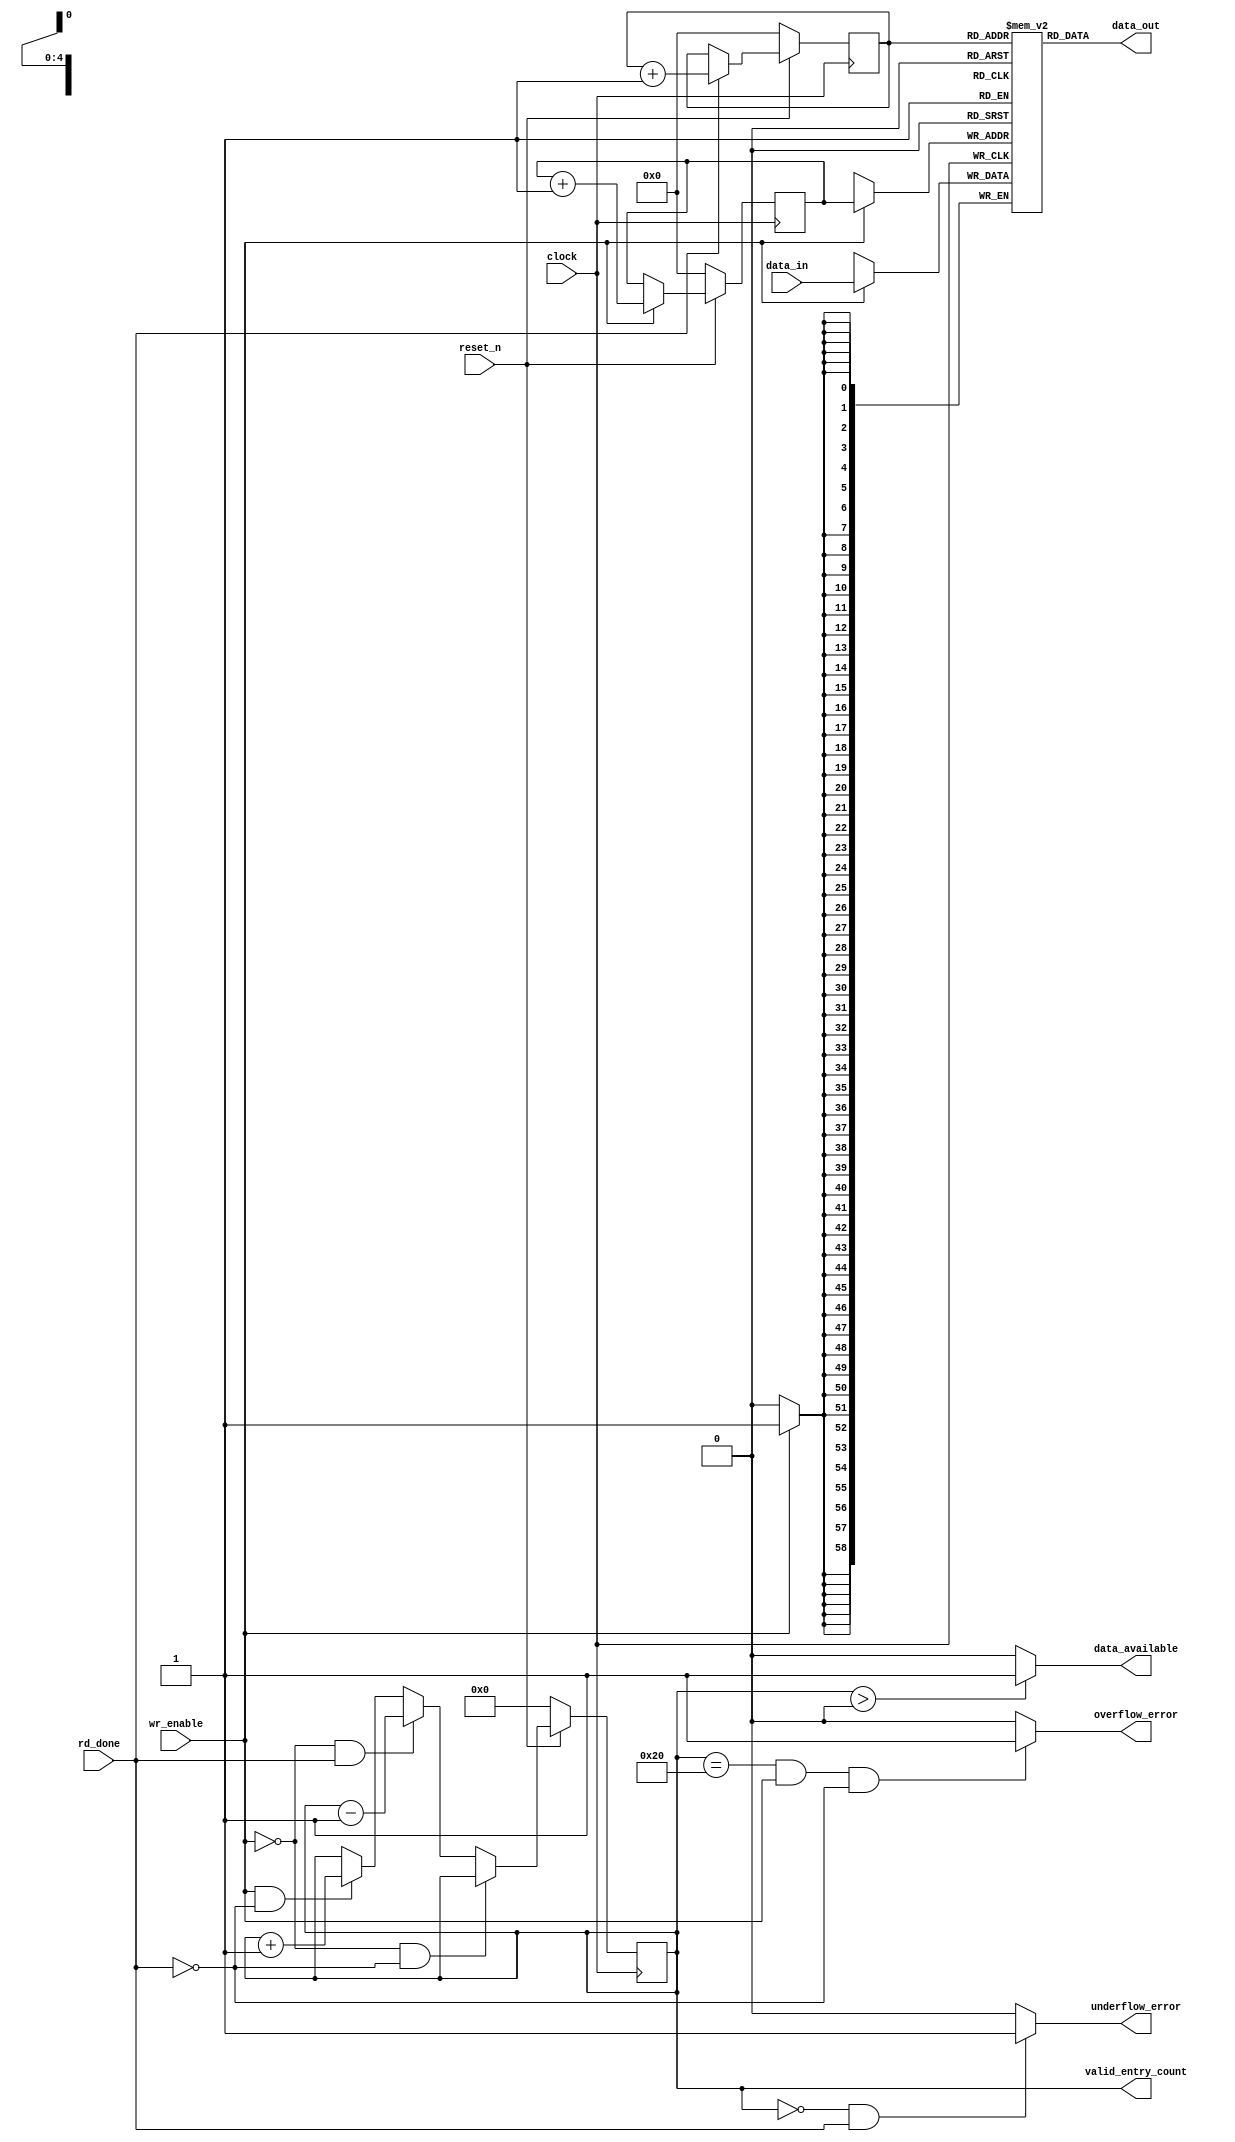
// *!***************************************************************************
// *! Copyright 2019 International Business Machines
// *!
// *! Licensed under the Apache License, Version 2.0 (the "License");
// *! you may not use this file except in compliance with the License.
// *! You may obtain a copy of the License at
// *! http://www.apache.org/licenses/LICENSE-2.0
// *!
// *! The patent license granted to you in Section 3 of the License, as applied
// *! to the "Work," hereby includes implementations of the Work in physical form.
// *!
// *! Unless required by applicable law or agreed to in writing, the reference design
// *! distributed under the License is distributed on an "AS IS" BASIS,
// *! WITHOUT WARRANTIES OR CONDITIONS OF ANY KIND, either express or implied.
// *! See the License for the specific language governing permissions and
// *! limitations under the License.
// *!
// *! The background Specification upon which this is based is managed by and available from
// *! the OpenCAPI Consortium.  More information can be found at https://opencapi.org.
// *!***************************************************************************
 
 
 
`timescale 1ns / 10ps

module ocx_tlx_framer_rsp_fifo
    (
        data_in             ,
        wr_enable           ,
        data_out            ,
        rd_done             ,

        data_available      ,
        valid_entry_count   ,
        underflow_error     ,
        overflow_error      ,

        clock               ,
        reset_n
    ) ;


// ==============================================================================================================================
// @@@  Parameters   (These can be overwritten by module instatiation.)
// ==============================================================================================================================

        // Note:   The FIFO will be *built* using the size specified by these parameters (or as overwritten by instantiation.)
        parameter  REGFILE_DEPTH    =    32 ;        //positive integer
        parameter  REGFILE_WIDTH    =    59 ;        //positive integer
        parameter  FIFO_ADDR_WIDTH  =     5 ;
        parameter  PTR_INC   = 5'b00001 ;         
        parameter  CNTR_0    = 6'b000000 ;         
        parameter  CNTR_1    = 6'b000001 ;         
        parameter  CNTR_MAX  = 6'b100000 ;         


// ==============================================================================================================================
// @@@  Port Declarations
// ==============================================================================================================================

        input  [ 58:0]                 data_in              ;
        input                          wr_enable            ;
        output [ 58:0]                 data_out             ;
        input                          rd_done              ;

        output                         data_available       ;
        output [FIFO_ADDR_WIDTH  :0]   valid_entry_count    ;
        output                         underflow_error      ;
        output                         overflow_error       ;

        input                          clock                ;
        input                          reset_n              ;


// ==============================================================================================================================
// @@@  Wires and Variables (Regs)
// ==============================================================================================================================

        (* RAM_STYLE="DISTRIBUTED" *)
        reg    [REGFILE_WIDTH-1:0]   regfile [REGFILE_DEPTH-1:0]   ;

        reg    [FIFO_ADDR_WIDTH-1:0]   wr_addr_pointer_nxt  ;  // Next state of write address pointer
        reg    [FIFO_ADDR_WIDTH-1:0]   wr_addr_pointer      ;  // Write address pointer
        reg    [FIFO_ADDR_WIDTH-1:0]   rd_addr_pointer_nxt  ;  // Next state of read address pointer
        reg    [FIFO_ADDR_WIDTH-1:0]   rd_addr_pointer      ;  // Read address pointer
        reg    [FIFO_ADDR_WIDTH  :0]   valid_entry_cntr_nxt ;  // 
        reg    [FIFO_ADDR_WIDTH  :0]   valid_entry_counter  ;  // Number of valid enries in FIFO: zero=empty, 100=full

        reg                            data_available_int   ;
        reg                            underflow_error_int  ;
        reg                            overflow_error_int   ;


// ==============================================================================================================================
// @@@  ocx_tlx_framer_rsp_fifo Logic
// ==============================================================================================================================

    // ---------------------
    // Register File
    // ---------------------
        always @ (posedge clock) begin
              if(wr_enable) regfile[wr_addr_pointer] <= data_in;
        end
        assign data_out  =  regfile[rd_addr_pointer] ;


    // ---------------------
    // Write Address Pointer
    // ---------------------
    // Write the data into the register array and increment the pointer to point to the next slot.
    always @ (*) begin
        if      ( wr_enable )   begin   wr_addr_pointer_nxt  = wr_addr_pointer + PTR_INC ;         end
        else                    begin   wr_addr_pointer_nxt  = wr_addr_pointer ;                   end
    end
    always @ (posedge clock) begin
        if      (!reset_n)      begin   wr_addr_pointer     <= {FIFO_ADDR_WIDTH{1'b0}};   end
        else                    begin   wr_addr_pointer     <= wr_addr_pointer_nxt;                end
    end


    // ---------------------
    // Read Address Pointer
    // ---------------------
    // This logic reads the register array and captures the output into the output reg
    always @ (*) begin
        if      ( rd_done  )    begin   rd_addr_pointer_nxt  = rd_addr_pointer + PTR_INC ;         end
        else                    begin   rd_addr_pointer_nxt  = rd_addr_pointer ;                   end
    end
    always @ (posedge clock) begin
        if      (!reset_n)      begin   rd_addr_pointer     <= {FIFO_ADDR_WIDTH{1'b0}};   end
        else                    begin   rd_addr_pointer     <= rd_addr_pointer_nxt;                end
    end


    // ---------------------
    // Valid Entry Counter
    // ---------------------
    // This counter keeps track of the number of FIFO slots that are currently being used for valid data.

    always @ (*) begin
        if      ( !wr_enable  && !rd_done  )  begin   valid_entry_cntr_nxt  =  valid_entry_counter          ;    end // No Change
        else if ( !wr_enable  &&  rd_done  )  begin   valid_entry_cntr_nxt  =  valid_entry_counter - CNTR_1 ;    end // Read
        else if (  wr_enable  && !rd_done  )  begin   valid_entry_cntr_nxt  =  valid_entry_counter + CNTR_1 ;    end // Write
        else                                  begin   valid_entry_cntr_nxt  =  valid_entry_counter          ;    end // Write and Read
    end
    always @ (posedge clock) begin
        if      (!reset_n)                    begin   valid_entry_counter  <= {FIFO_ADDR_WIDTH+1{1'b0}};  end
        else                                  begin   valid_entry_counter  <= valid_entry_cntr_nxt;              end
    end
    assign   valid_entry_count  =  valid_entry_counter;



    always @ (*) begin
        if      ( valid_entry_counter > CNTR_0 )                                  begin   data_available_int   =  1'b1;   end
        else                                                                      begin   data_available_int   =  1'b0;   end
        if    ( (valid_entry_counter == CNTR_0)  &&  rd_done )                    begin   underflow_error_int  =  1'b1;   end
        else                                                                      begin   underflow_error_int  =  1'b0;   end
        if    ( (valid_entry_counter == CNTR_MAX)  &&  wr_enable  &&  !rd_done )  begin   overflow_error_int   =  1'b1;   end
        else                                                                      begin   overflow_error_int   =  1'b0;   end
    end
    assign    data_available   =  data_available_int;
    assign    underflow_error  =  underflow_error_int;
    assign    overflow_error   =  overflow_error_int;


endmodule  // ocx_tlx_framer_rsp_fifo